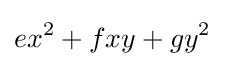
ex^{2}+fxy+gy^{2}